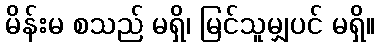
မိန်းမ စသည် မရှိ၊ မြင်သူမျှပင် မရှိ။